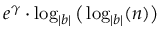
e ^ { \gamma } \cdot \log _ { | b | } { \big ( } \log _ { | b | } ( n ) { \big ) }